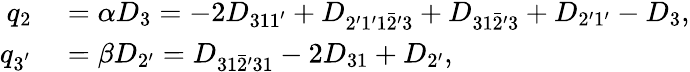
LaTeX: \begin{array}{rl}{q_{2}}&{{}=\alpha{D_{3}}=-2{D_{311^{\prime}}}+{D_{2^{\prime}1^{\prime}1\bar{2}^{\prime}\mathrm{{3}}}}+{D_{31\bar{2}^{\prime}\mathrm{{3}}}}+{D_{2^{\prime}1^{\prime}}}-{D_{3}},}\\ {q_{3^{'}}}&{{}=\beta{D_{2^{\prime}}}={D_{31\bar{2}^{\prime}31}}-2{D_{31}}+{D_{2^{\prime}}},}\end{array}